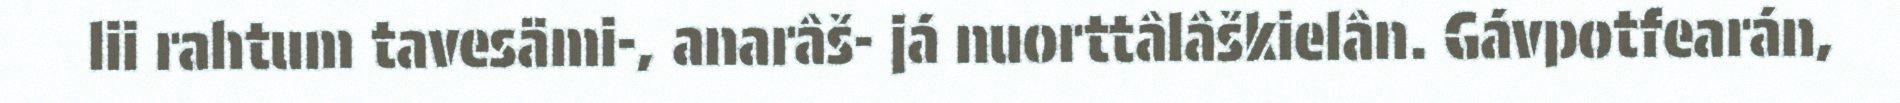
lii rahtum tavesämi-, anarâš- já nuorttâlâškielân. Gávpotfearán,